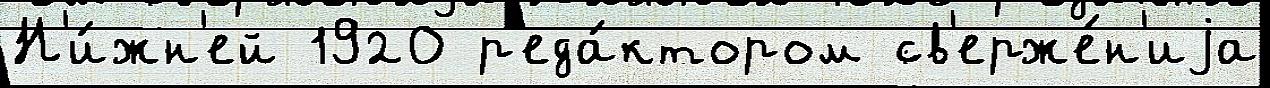
Н'и́жн'ей 1920 р'еда́ктором св'ерже́н'иjа